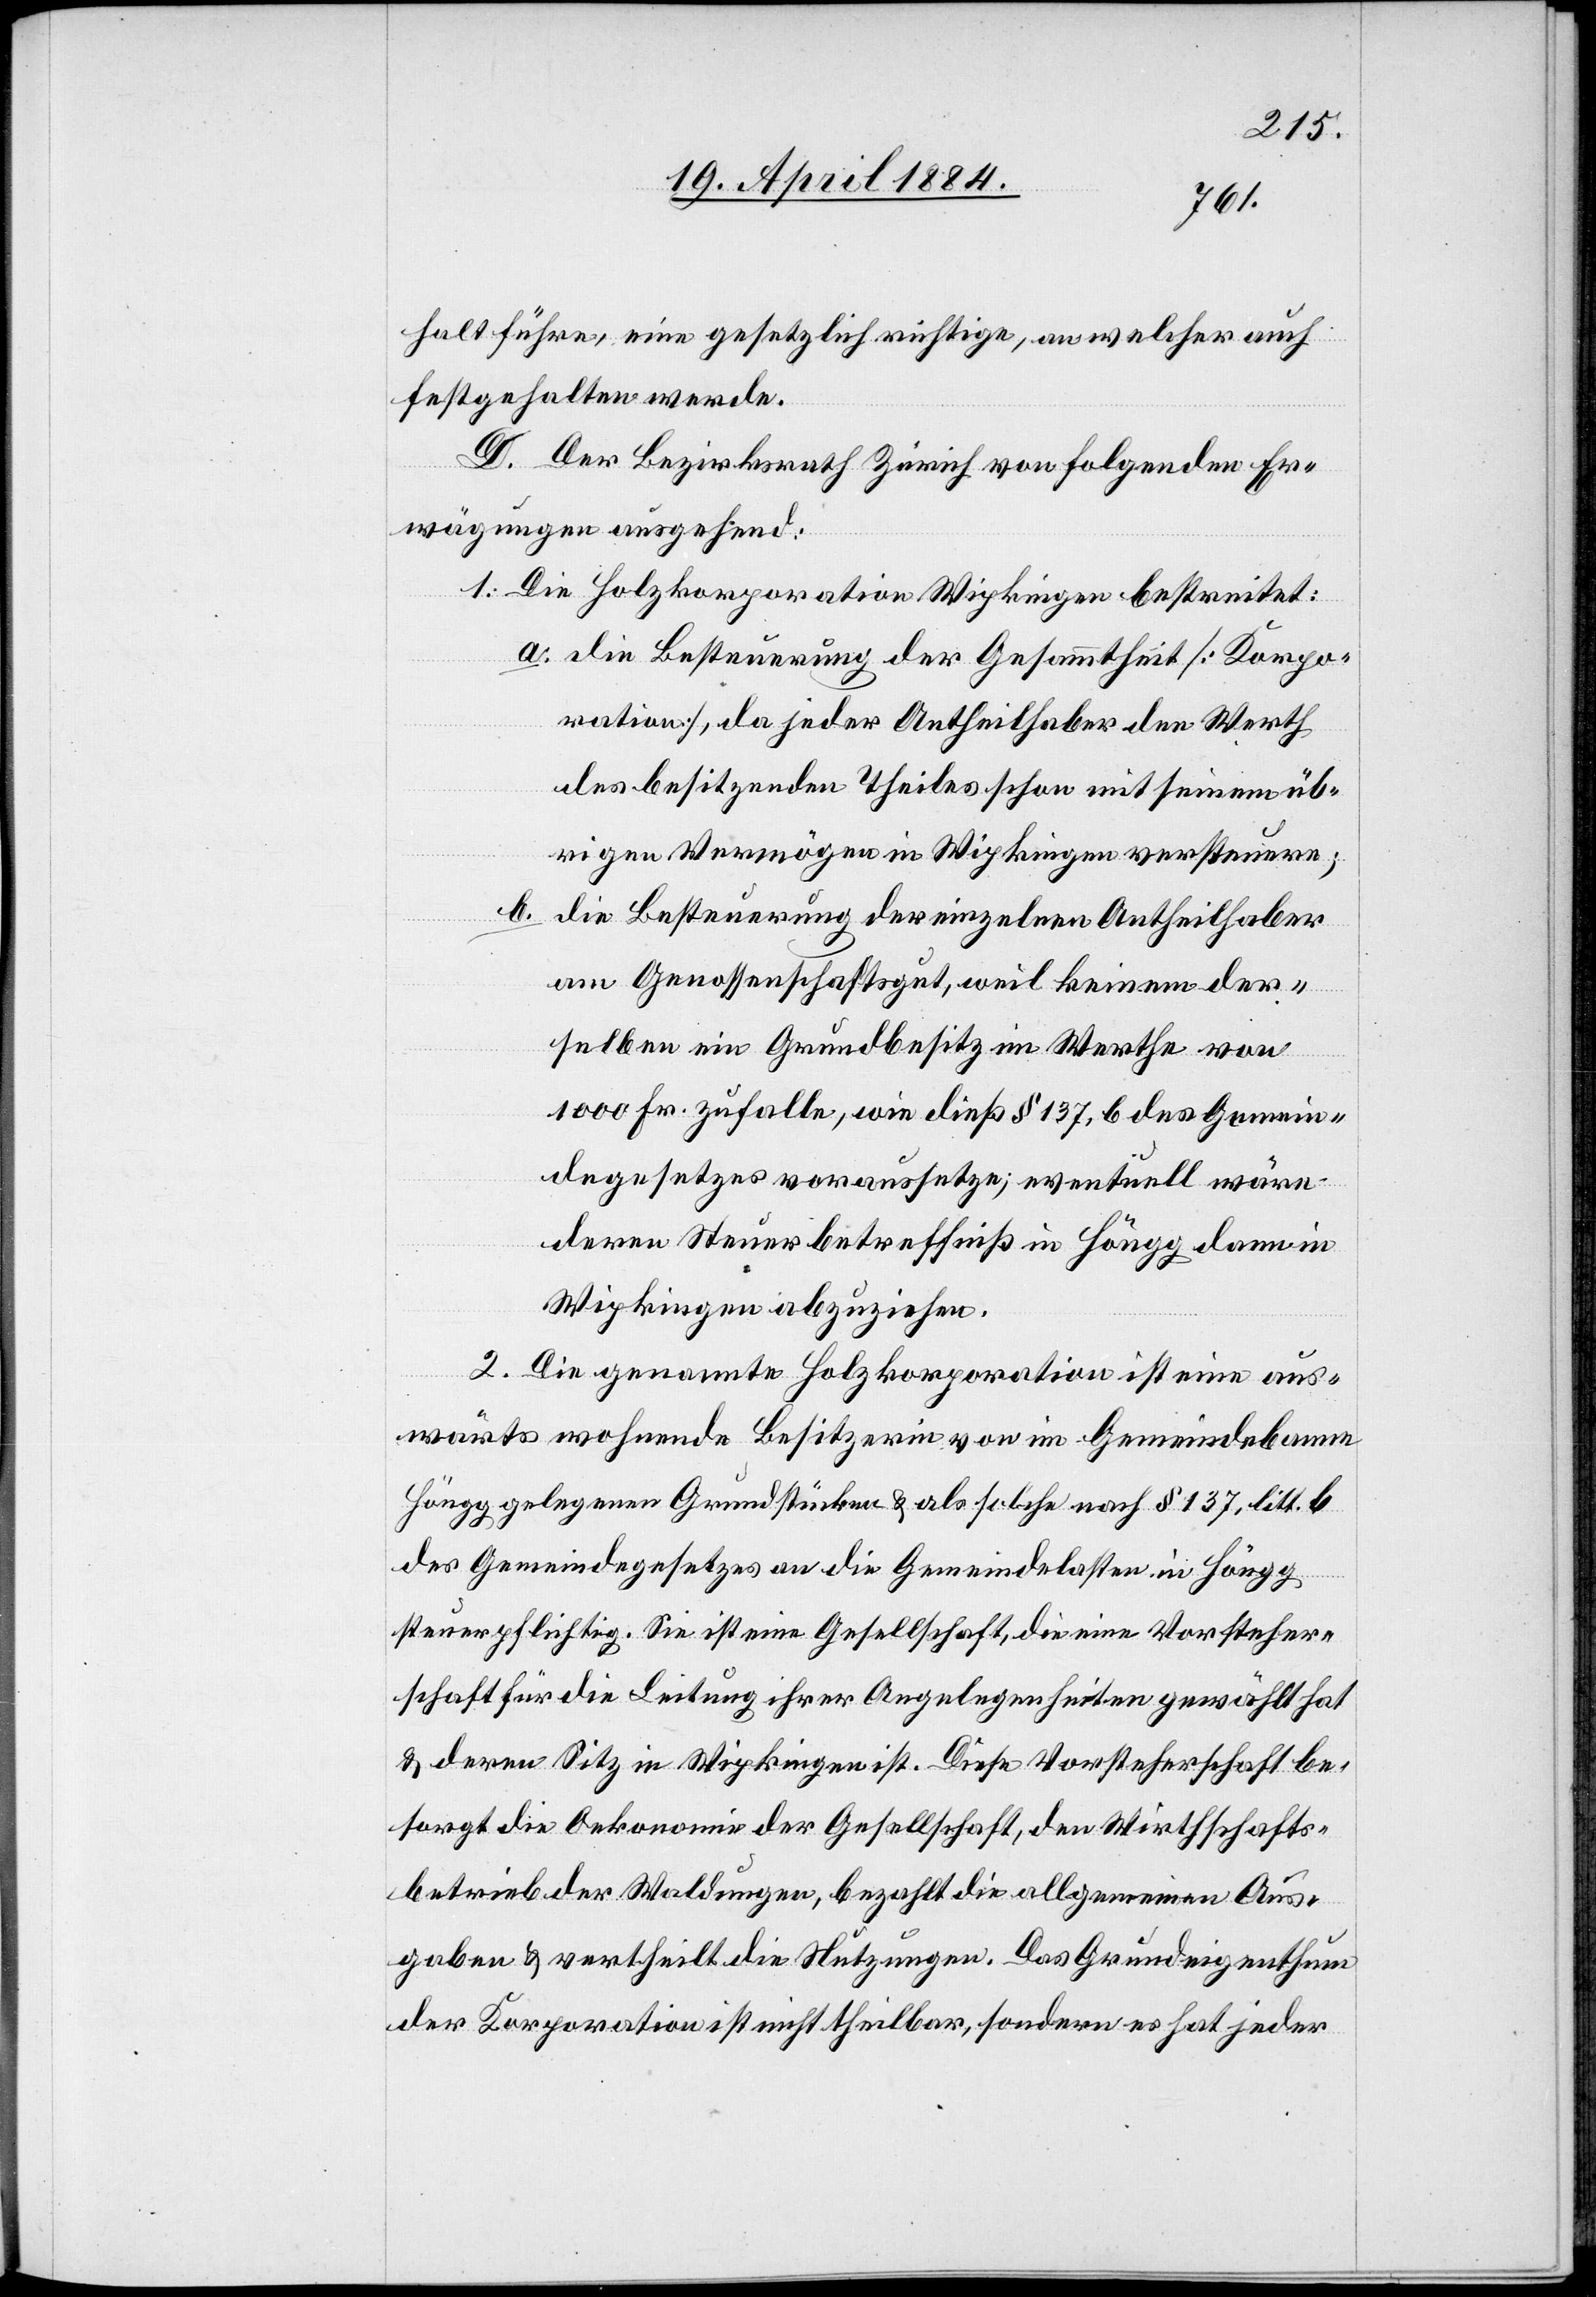
halt führe, eine gesetzlich richtige, an welcher auch
festgehalten werde.
D. Der Bezirksrath Zürich von folgenden Er¬
wägungen ausgehend:
1. Die Holzkorporation Wipkingen bestreitet:
a. die Besteuerung der Gesammtheit [Korpo¬
ration], da jeder Antheilhaber den Werth
des besitzenden Theiles schon mit seinem üb¬
rigen Vermögen in Wipkingen versteuere;
b.
die Besteuerung der einzelnen Antheilhaber
am Genossenschaftsgut, weil keinem der¬
selben ein Grundbesitz im Werthe von
1000 Fr. zufalle, wie dieß § 137, b des Gemein¬
degesetzes voraussetze; eventuell wäre
deren Steuerbetreffniß in Höngg dann in
Wipkingen abzuziehen.
2. Die genannte Holzkorporation ist eine aus¬
wärts wohnende Besitzerin von im Gemeindebann
Höngg gelegenen Grundstücken & als solche nach § 137, litt. b
des Gemeindegesetzes an die Gemeindelasten in Höngg
steuerpflichtig. Sie ist eine Gesellschaft, die eine Vorsteher¬
schaft für die Leitung ihrer Angelegenheiten gewählt hat
& deren Sitz in Wipkingen ist. Diese Vorsteherschaft be¬
sorgt die Oekonomie der Gesellschaft, den Wirthschafts¬
betrieb der Waldungen, bezahlt die allgemeinen Aus¬
gaben & vertheilt die Nutzungen. Das Grundeigenthum
der Korporation ist nicht theilbar, sondern es hat jeder